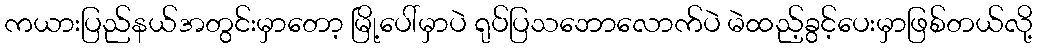
ကယားပြည်နယ်အတွင်းမှာတော့ မြို့ပေါ်မှာပဲ ရုပ်ပြသဘောလောက်ပဲ မဲထည့်ခွင့်ပေးမှာဖြစ်တယ်လို့